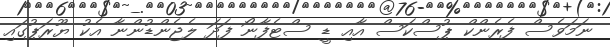
ނަމަވެސް ފެރެންކް ޕުސްކަސް އާއި ޑީ ސްޓެފާނޯ ފަދަ ލެޖެންޑުންނާ އެކު ޔޫރަޕުގައި